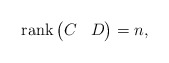
\begin{align*} {\rm rank}\begin{pmatrix} C & D \end{pmatrix} = n,\end{align*}